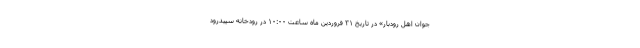
جوان اهل رودبار» در تاریخ ۳۱ فروردین ماه ساعت ۱۰:۰۰ در رودخانه سپیدرود